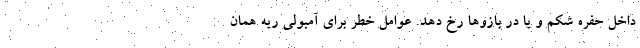
داخل حفره شکم و یا در بازوها رخ دهد. عوامل خطر برای آمبولی ریه همان